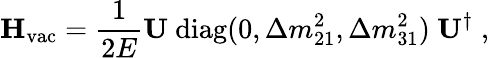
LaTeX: \mathbf{H}_{\mathrm{vac}}=\frac{1}{2E}\mathbf{U}~\mathrm{diag}(0,\Delta m_{21}^{2},\Delta m_{31}^{2})~\mathbf{U}^{\dagger}\; ,